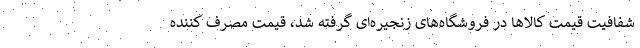
شفافیت قیمت کالاها در فروشگاه‌های زنجیره‌ای گرفته شد، قیمت مصرف کننده